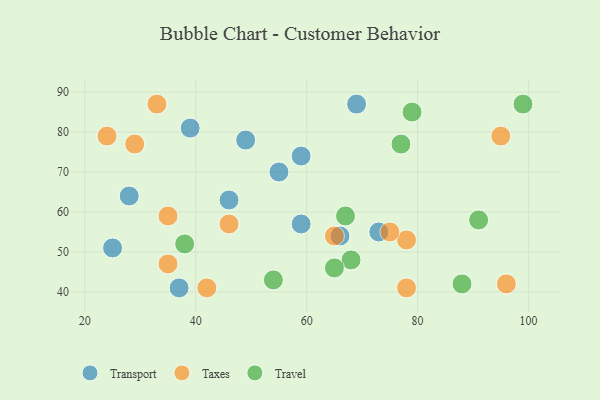
{"axis": {"x": "GDP", "y": "Life Expectancy"}, "legend": ["Taxes", "Transport", "Travel"], "data": [{"x": "46", "y": 63, "type": "Transport"}, {"x": "39", "y": 81, "type": "Transport"}, {"x": "55", "y": 70, "type": "Transport"}, {"x": "37", "y": 41, "type": "Transport"}, {"x": "59", "y": 57, "type": "Transport"}, {"x": "49", "y": 78, "type": "Transport"}, {"x": "28", "y": 64, "type": "Transport"}, {"x": "73", "y": 55, "type": "Transport"}, {"x": "25", "y": 51, "type": "Transport"}, {"x": "69", "y": 87, "type": "Transport"}, {"x": "59", "y": 74, "type": "Transport"}, {"x": "66", "y": 54, "type": "Transport"}, {"x": "29", "y": 77, "type": "Taxes"}, {"x": "95", "y": 79, "type": "Taxes"}, {"x": "46", "y": 57, "type": "Taxes"}, {"x": "78", "y": 53, "type": "Taxes"}, {"x": "78", "y": 41, "type": "Taxes"}, {"x": "42", "y": 41, "type": "Taxes"}, {"x": "75", "y": 55, "type": "Taxes"}, {"x": "65", "y": 54, "type": "Taxes"}, {"x": "96", "y": 42, "type": "Taxes"}, {"x": "35", "y": 59, "type": "Taxes"}, {"x": "24", "y": 79, "type": "Taxes"}, {"x": "35", "y": 47, "type": "Taxes"}, {"x": "33", "y": 87, "type": "Taxes"}, {"x": "54", "y": 43, "type": "Travel"}, {"x": "68", "y": 48, "type": "Travel"}, {"x": "99", "y": 87, "type": "Travel"}, {"x": "88", "y": 42, "type": "Travel"}, {"x": "67", "y": 59, "type": "Travel"}, {"x": "65", "y": 46, "type": "Travel"}, {"x": "91", "y": 58, "type": "Travel"}, {"x": "38", "y": 52, "type": "Travel"}, {"x": "77", "y": 77, "type": "Travel"}, {"x": "79", "y": 85, "type": "Travel"}]}